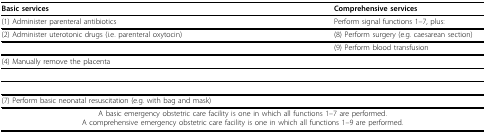
<table><thead><tr><td><b>Basic services</b></td><td><b>Comprehensive services</b></td></tr></thead><tbody><tr><td>(1) Administer parenteral antibiotics</td><td>Perform signal functions 1–7, plus:</td></tr><tr><td>(2) Administer uterotonic drugs (i.e. parenteral oxytocin)</td><td>(8) Perform surgery (e.g. caesarean section)</td></tr><tr><td>[EMPTY_CELL]</td><td>(9) Perform blood transfusion</td></tr><tr><td>(4) Manually remove the placenta</td><td>[EMPTY_CELL]</td></tr><tr><td>[EMPTY_CELL]</td><td>[EMPTY_CELL]</td></tr><tr><td>[EMPTY_CELL]</td><td>[EMPTY_CELL]</td></tr><tr><td>(7) Perform basic neonatal resuscitation (e.g. with bag and mask)</td><td>[EMPTY_CELL]</td></tr><tr><td colspan="2">A basic emergency obstetric care facility is one in which all functions 1–7 are performed.A comprehensive emergency obstetric care facility is one in which all functions 1–9 are performed.</td></tr></tbody></table>